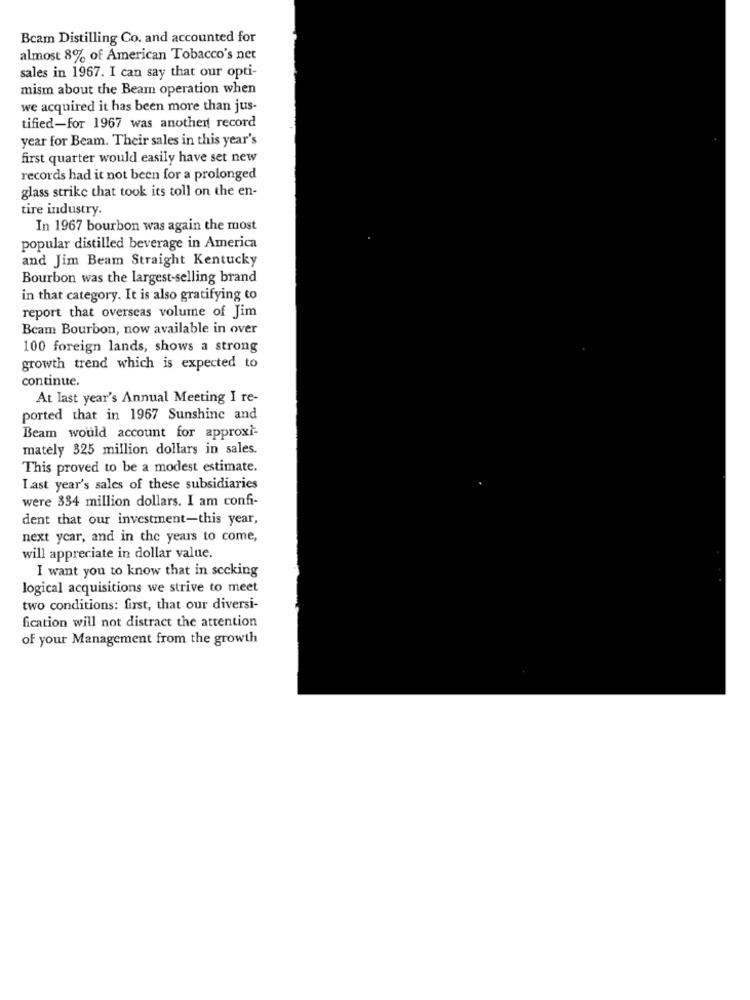
Beam Distilling Co. and accounted for
almost 8% of American Tobacco's net
sales in 1967. I can say that our opti-
mism about the Beam operation when
we acquired it has been more than jus-
tified-for 1967 was another record
year for Beam. Their sales in this year's
first quarter would easily have set new
records had it not been for a prolonged
glass strike that took its toll on the en-
tire industry.
In 1967 bourbon was again the most
popular distilled beverage in America
and Jim Beam Straight Kentucky
Bourbon was the largest-selling brand
in that category. It is also gratifying to
report that overseas volume of Jim
Beam Bourbon, now available in over
100 foreign lands, shows a strong
growth trend which is expected to
continue.
At last year's Annual Meeting I re-
ported that in 1967 Sunshine and
Beam would account for approxi-
mately 325 million dollars in sales.
This proved to be a modest estimate.
Last year's sales of these subsidiaries
were 334 million dollars. I am confi-
dent that our investment-this year,
next year, and in the years to come,
will appreciate in dollar value.
I want you to know that in sccking
logical acquisitions we strive to meet
two conditions: first, that our diversi-
fication will not distract the attention
of your Management from the growth